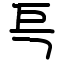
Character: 巪